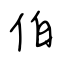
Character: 伯